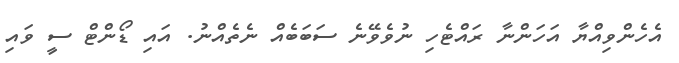
އެހެންވިއްޔާ އަހަންނާ ރައްޓެހި ނުވެވޭނެ ސަބަބެއް ނެތެއްނު. އައި ޑޯންޓް ސީ ވައި